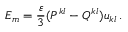
E _ { m } = \frac { \varepsilon } 3 ( P ^ { k l } - Q ^ { k l } ) u _ { k l } \, .